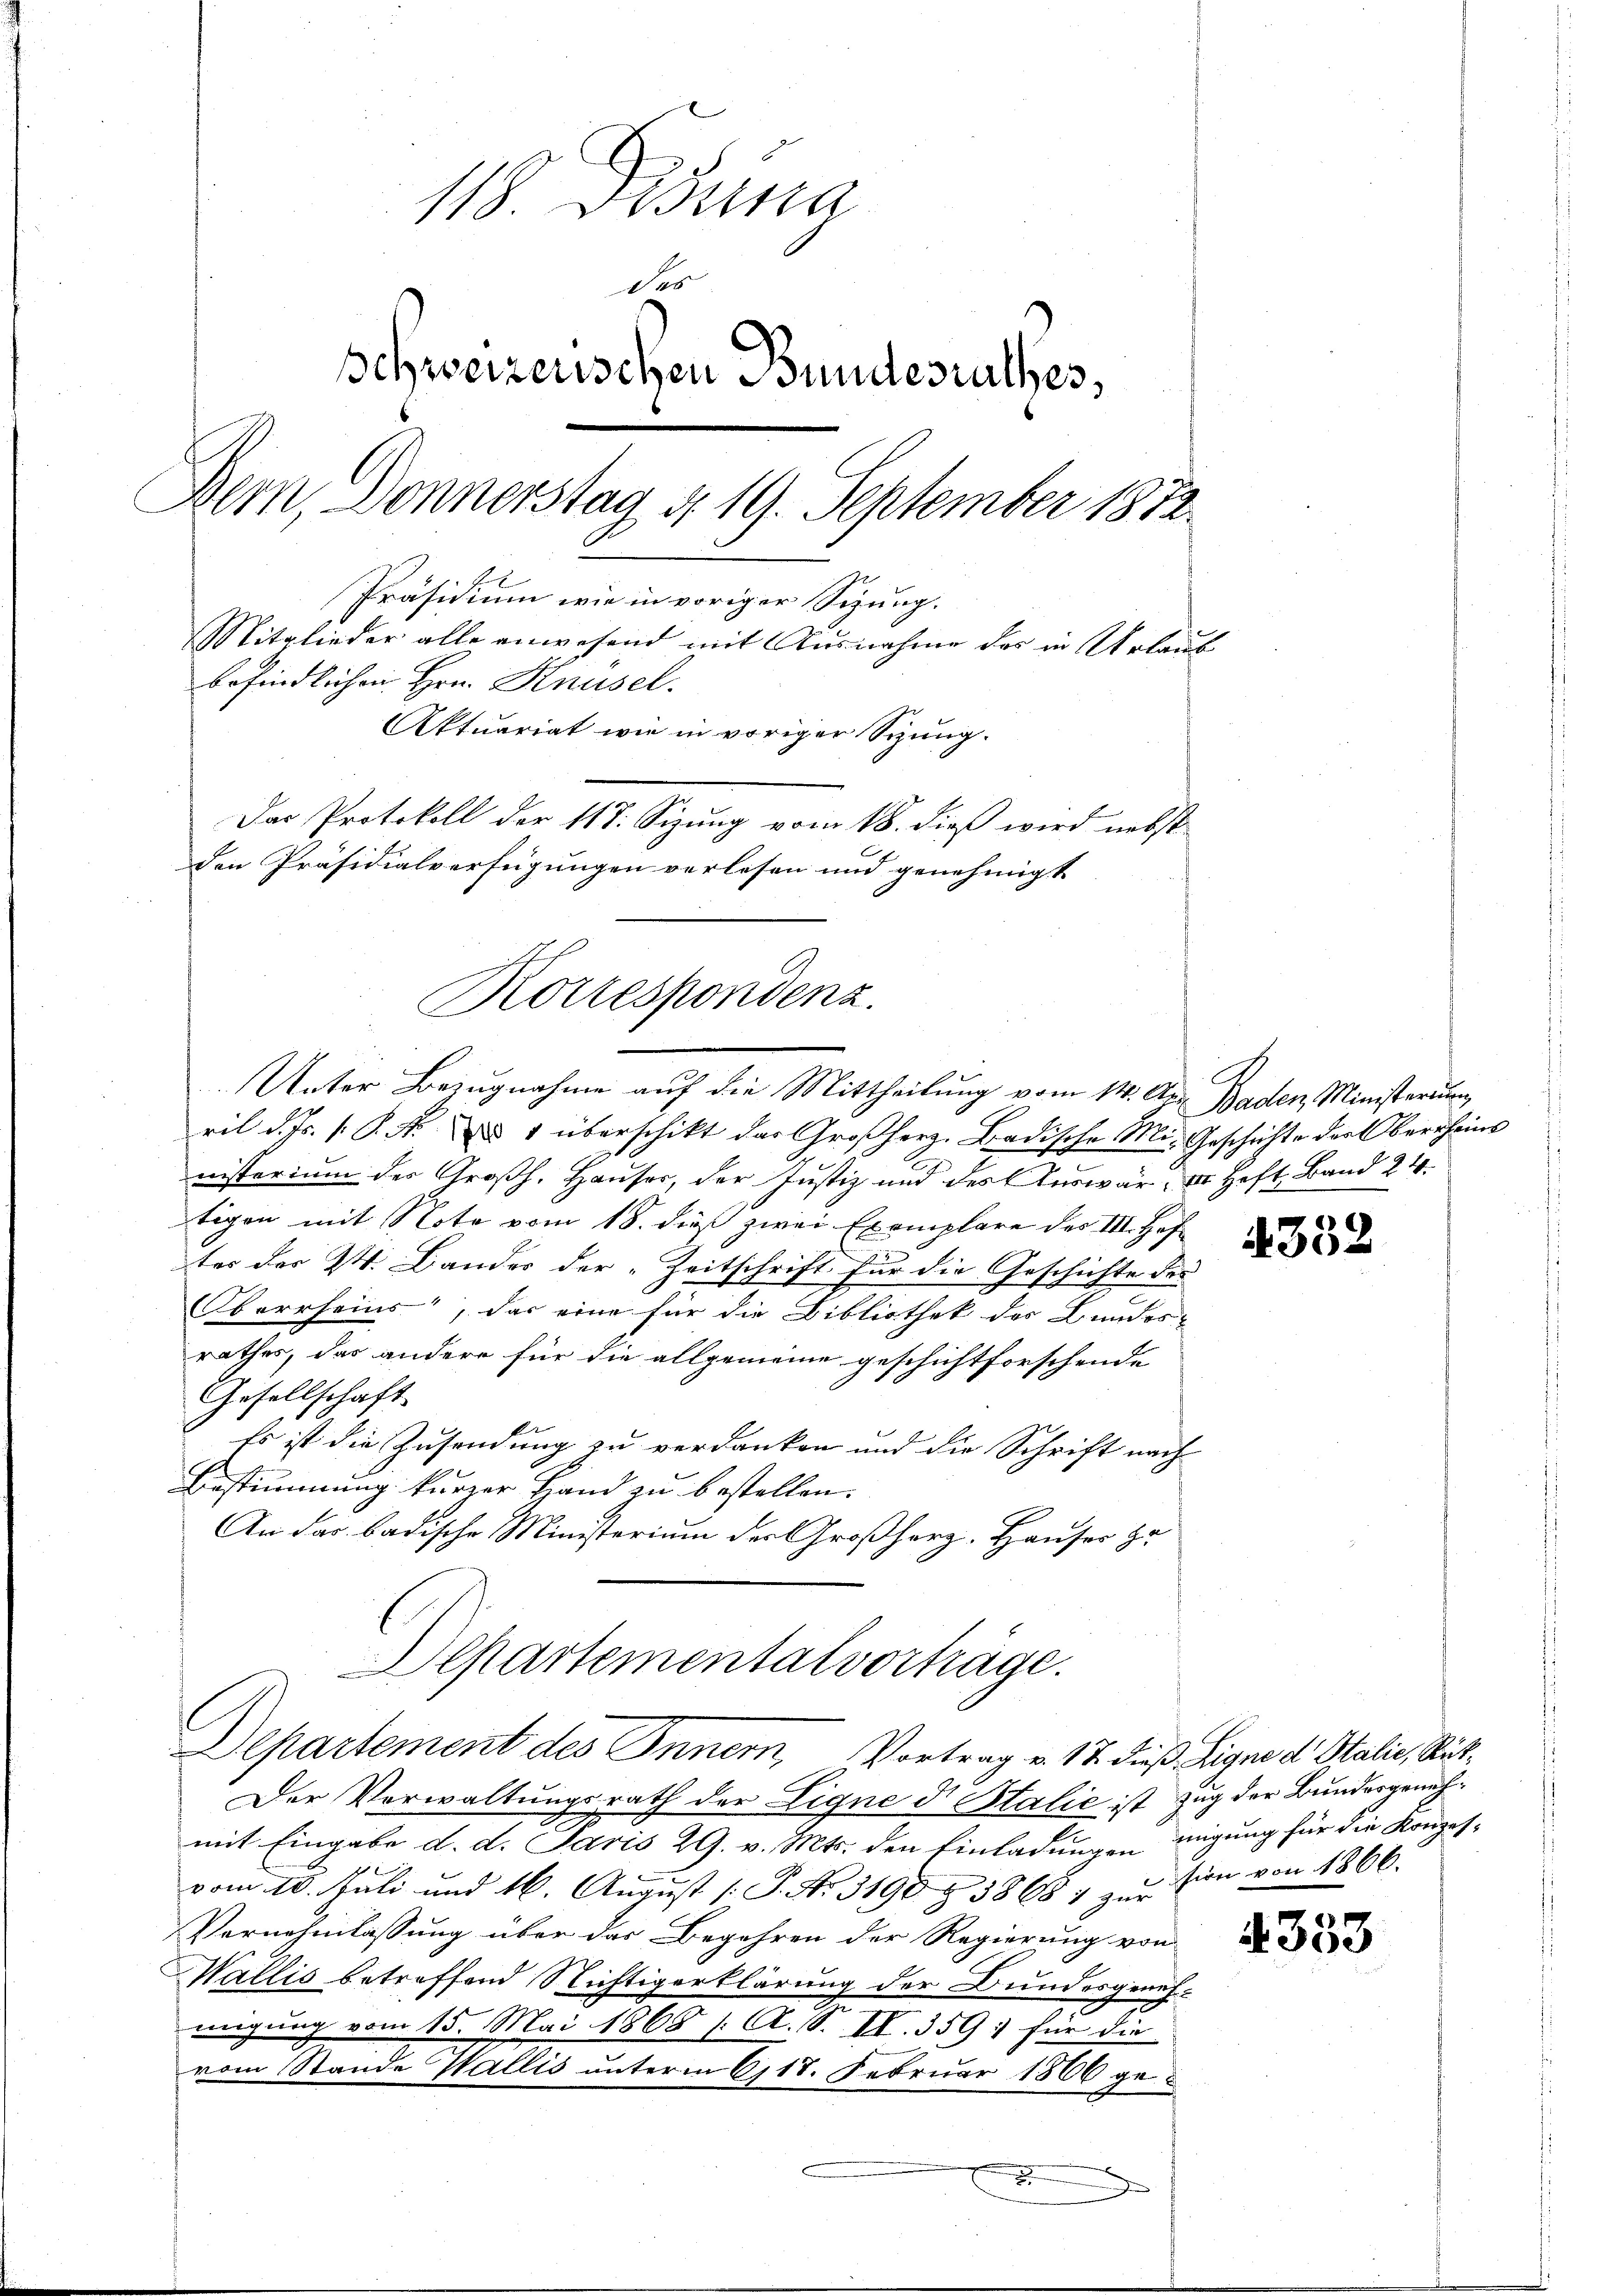
118. Dierna
des
schweizerischen Bundesrathes,
Dem, Donnerstag 4. 19. September 1872.
Präsidium wie in voriger Sigung.
Mitglieder alle anwesend mit Ausnahme des in Urlaub
befindlichen Hrn. Knüsel.
Aktuariat wie in voriger Sizung.
Das Protokoll der 118. Sizung vom 18. dieß wird nebst
den Präsidialverfügungen verlesen und genehmigt

Korrespondenz.
Unter Bezugnahme auf die Mittheilung vom 14. Der Baden Ministerium

ril d. Js. (: P. N. ad 1 überschikt das Großherz. Badische Mi-Geschichte der Oberrheins
nisterium der Großh. Hauser, der Justiz und des Auswär, Dr. Heft, Band 24.
tigen mit Note vom 18. dieß zwei Exemplare des III. Hoftes der W. Bander der Zeitschrift für die Geschichte des
Oberrheins, das eine für die Bibliothek des Bundes-
rathes, das andere für die allgemeine geschichtforschende
Gesellschaft
Es ist die Zusendung zu verdanken und die Schrift nach
Bestimmung kurzer Hand zu bestellen.
An das badische Ministerium des Großherz. Hauser Ha
Departementalvorträge.
Departement des Inner, Vortrag v. 17. dieß Ligno d. Stalie, Rüt¬
Der Verwaltungsrath der Eigne d. Balić ist Zug der Bundesgenehmit Eingabe d. d. Paris 29. v. Mts. den Einladungen migung für die Konzesvom 10. Juli und 16. August [S. Nr. 3190 § 38687 zur Ein von 1866.
Vernehmlassung über das Begehren der Regierung von
Wallis betreffend Nichtigerklärung der Bundesgeneh-
migung vom 15. Mai 1868 /: A. S. II. 359 für die
vom Stande Wallis unterm 6117. Februar 1866 ge¬
F

4332

§ 333